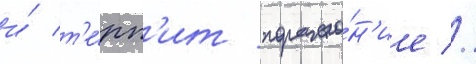
и́ т'е́рп'ит пораже́н'ие //